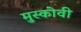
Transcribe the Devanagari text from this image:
मुस्कोवी